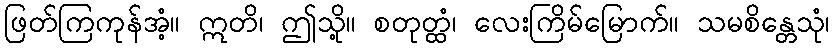
ဖြတ်ကြကုန်အံ့။ ဣတိ၊ ဤသို့။ စတုတ္ထံ၊ လေးကြိမ်မြောက်။ သမစိန္တေသုံ၊